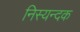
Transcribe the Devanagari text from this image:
निस्यन्दक